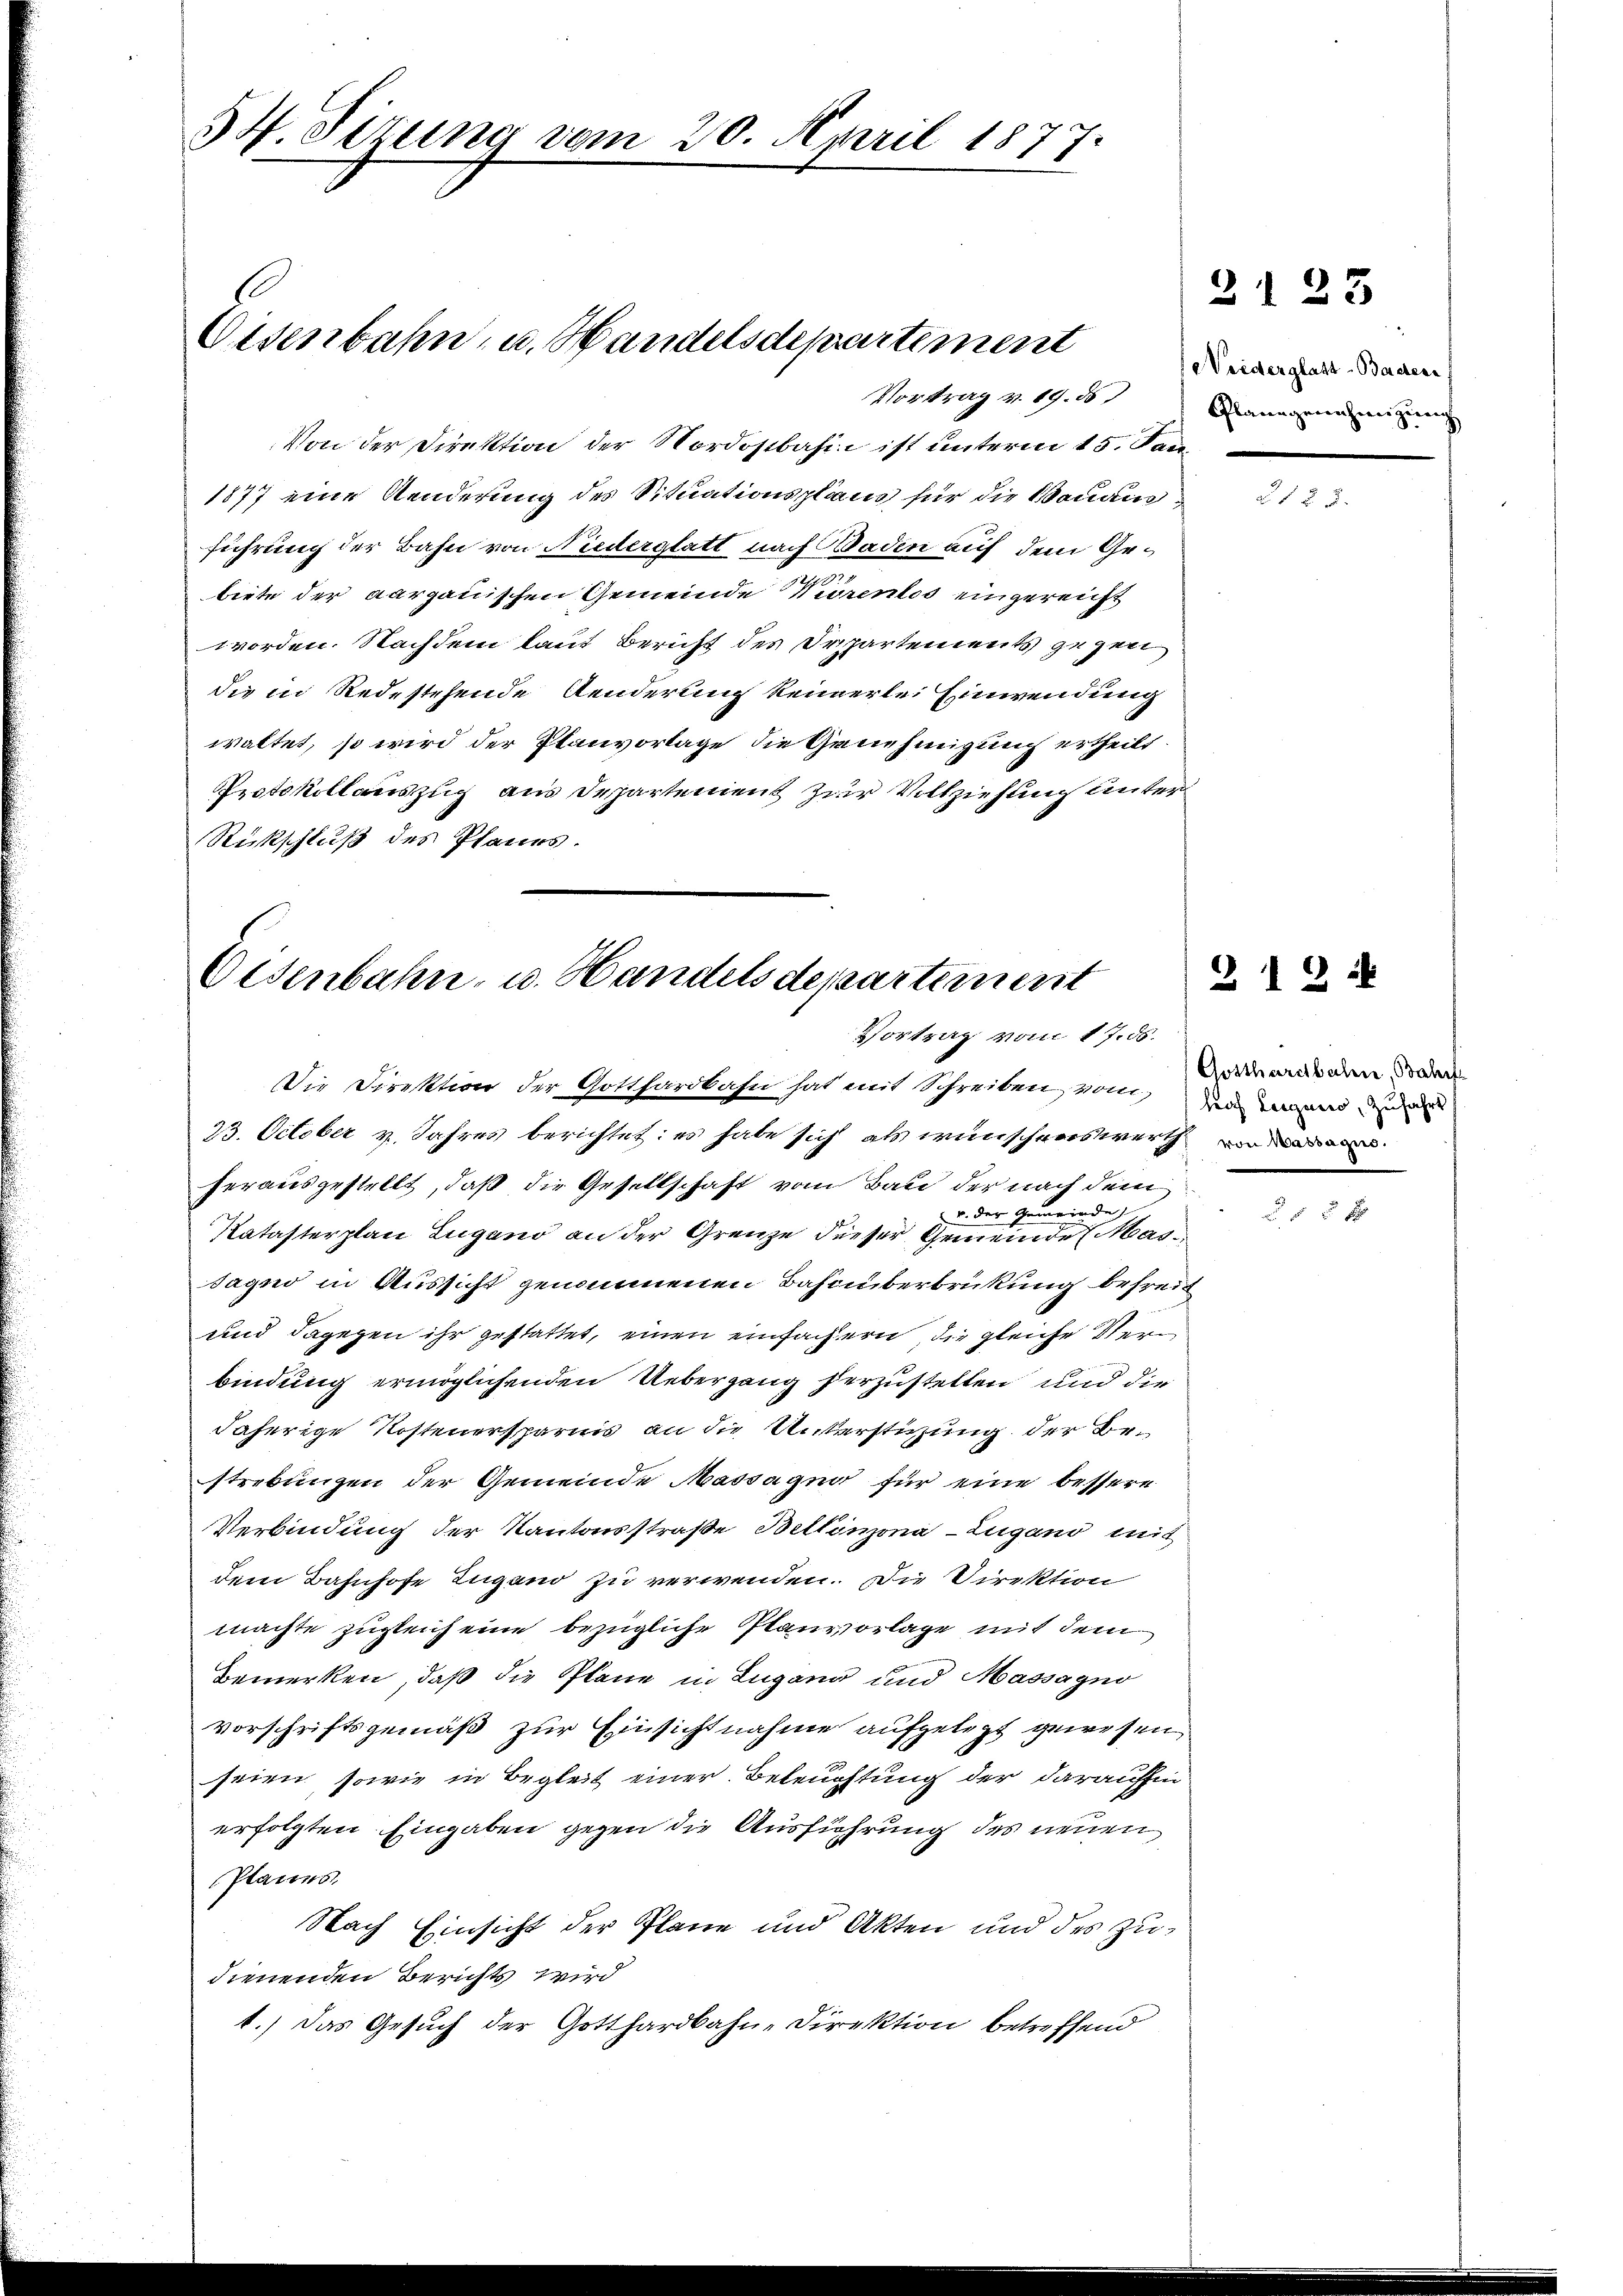
54. Situng vom 20. April 1877.

Eisenbahn, u. Handelsdepartement
Vortrag v. 19. ds

Von der Direktion der Nordostbahin ist unterm 15. Jan
1877 eine Aenderung des Situationsplans für die Bauainführung der Bahn von Niederglatt nach Baden auf dem Ge¬
2
biete der aargauischen Gemeinde Vorenlos eingereicht
worden. Nachdem laut Bericht des Irpartements gegen
die in Redestehende Aenderung keinerlei Einwendung
waltet, so wird der Planvorlage die Genehmigung ertheilt.
Protokollauszug aus Departement zur Vollziehung unter
Rückschluß des Planes.

Eisenbahn- u. Handels departement
Vortrag vom 17. ds.

Die Direktion der Gotthardbahn hat mit Schreiben, von den und d
23. October v. Jahres berichtet: es habe sich als wünschenswerth von de
herausgestellt, daß die Gesellschaft vom Bau der nach dem
 u. der Gemeinde
Katasterplan Lugano an der Grenze dieser Gemeinde Massagno in Aussicht genommenen Bahnüberbrückung befreit
und dagegen ihr gestattet, einen einfachern, die gleiche Verbindung ermöglichenden Uebergang herzustellen und die
daherige Kostenersparnis an die Unterstüzung der Bestrebungen der Gemeinde Massagen für eine bessere
Verbindung der Kantonsstraße Bellinzona-Lugano mit
dem Bahnhofe Lugano zu verwenden. Die Direktion
machte zugleich eine bezügliche Planvorlage mit dem
bemerken, daß die Plane in Lugang und Massagno
vorschriftsgemäß zur Einsichtnahme aufgelegt gewesen,
seien, sowie in Begleit einer Beleuchtung der daraufhin
erfolgten Eingaben gegen die Ausführung des neuen
Planes.
Nach Einsicht der Pläne und Akten und des Zudienenden Berichts wird
1.) Das Gesuch der Gotthardbahn-Direktion betreffend

e Vriderglatt-Bachen
Planegenehmigung

2123

212

Gotthardbahn, Bahn